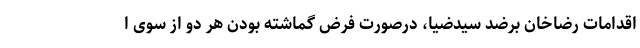
اقدامات رضاخان برضد سیدضیا، درصورت فرض گماشته بودن هر دو از سوی ا